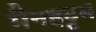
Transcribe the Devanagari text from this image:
मैनहट्टम